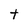
Character: t